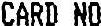
CARD NO